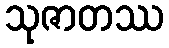
သုဇာတဿ